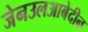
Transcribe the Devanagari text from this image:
जेनउलआबेदीन